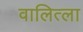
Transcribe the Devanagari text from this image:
वालित्ला